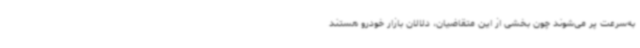
به‌سرعت پر می‌شوند چون بخشی از این متقاضیان، دلالان بازار خودرو هستند